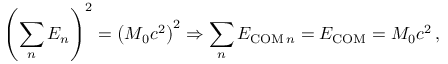
\left( \sum _ { n } E _ { n } \right) ^ { 2 } = \left( M _ { 0 } c ^ { 2 } \right) ^ { 2 } \Rightarrow \sum _ { n } E _ { \mathrm { C O M } \, n } = E _ { \mathrm { C O M } } = M _ { 0 } c ^ { 2 } \, ,